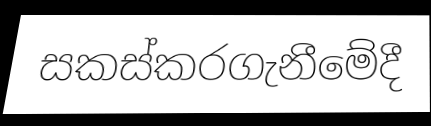
සකස්කරගැනීමේදී